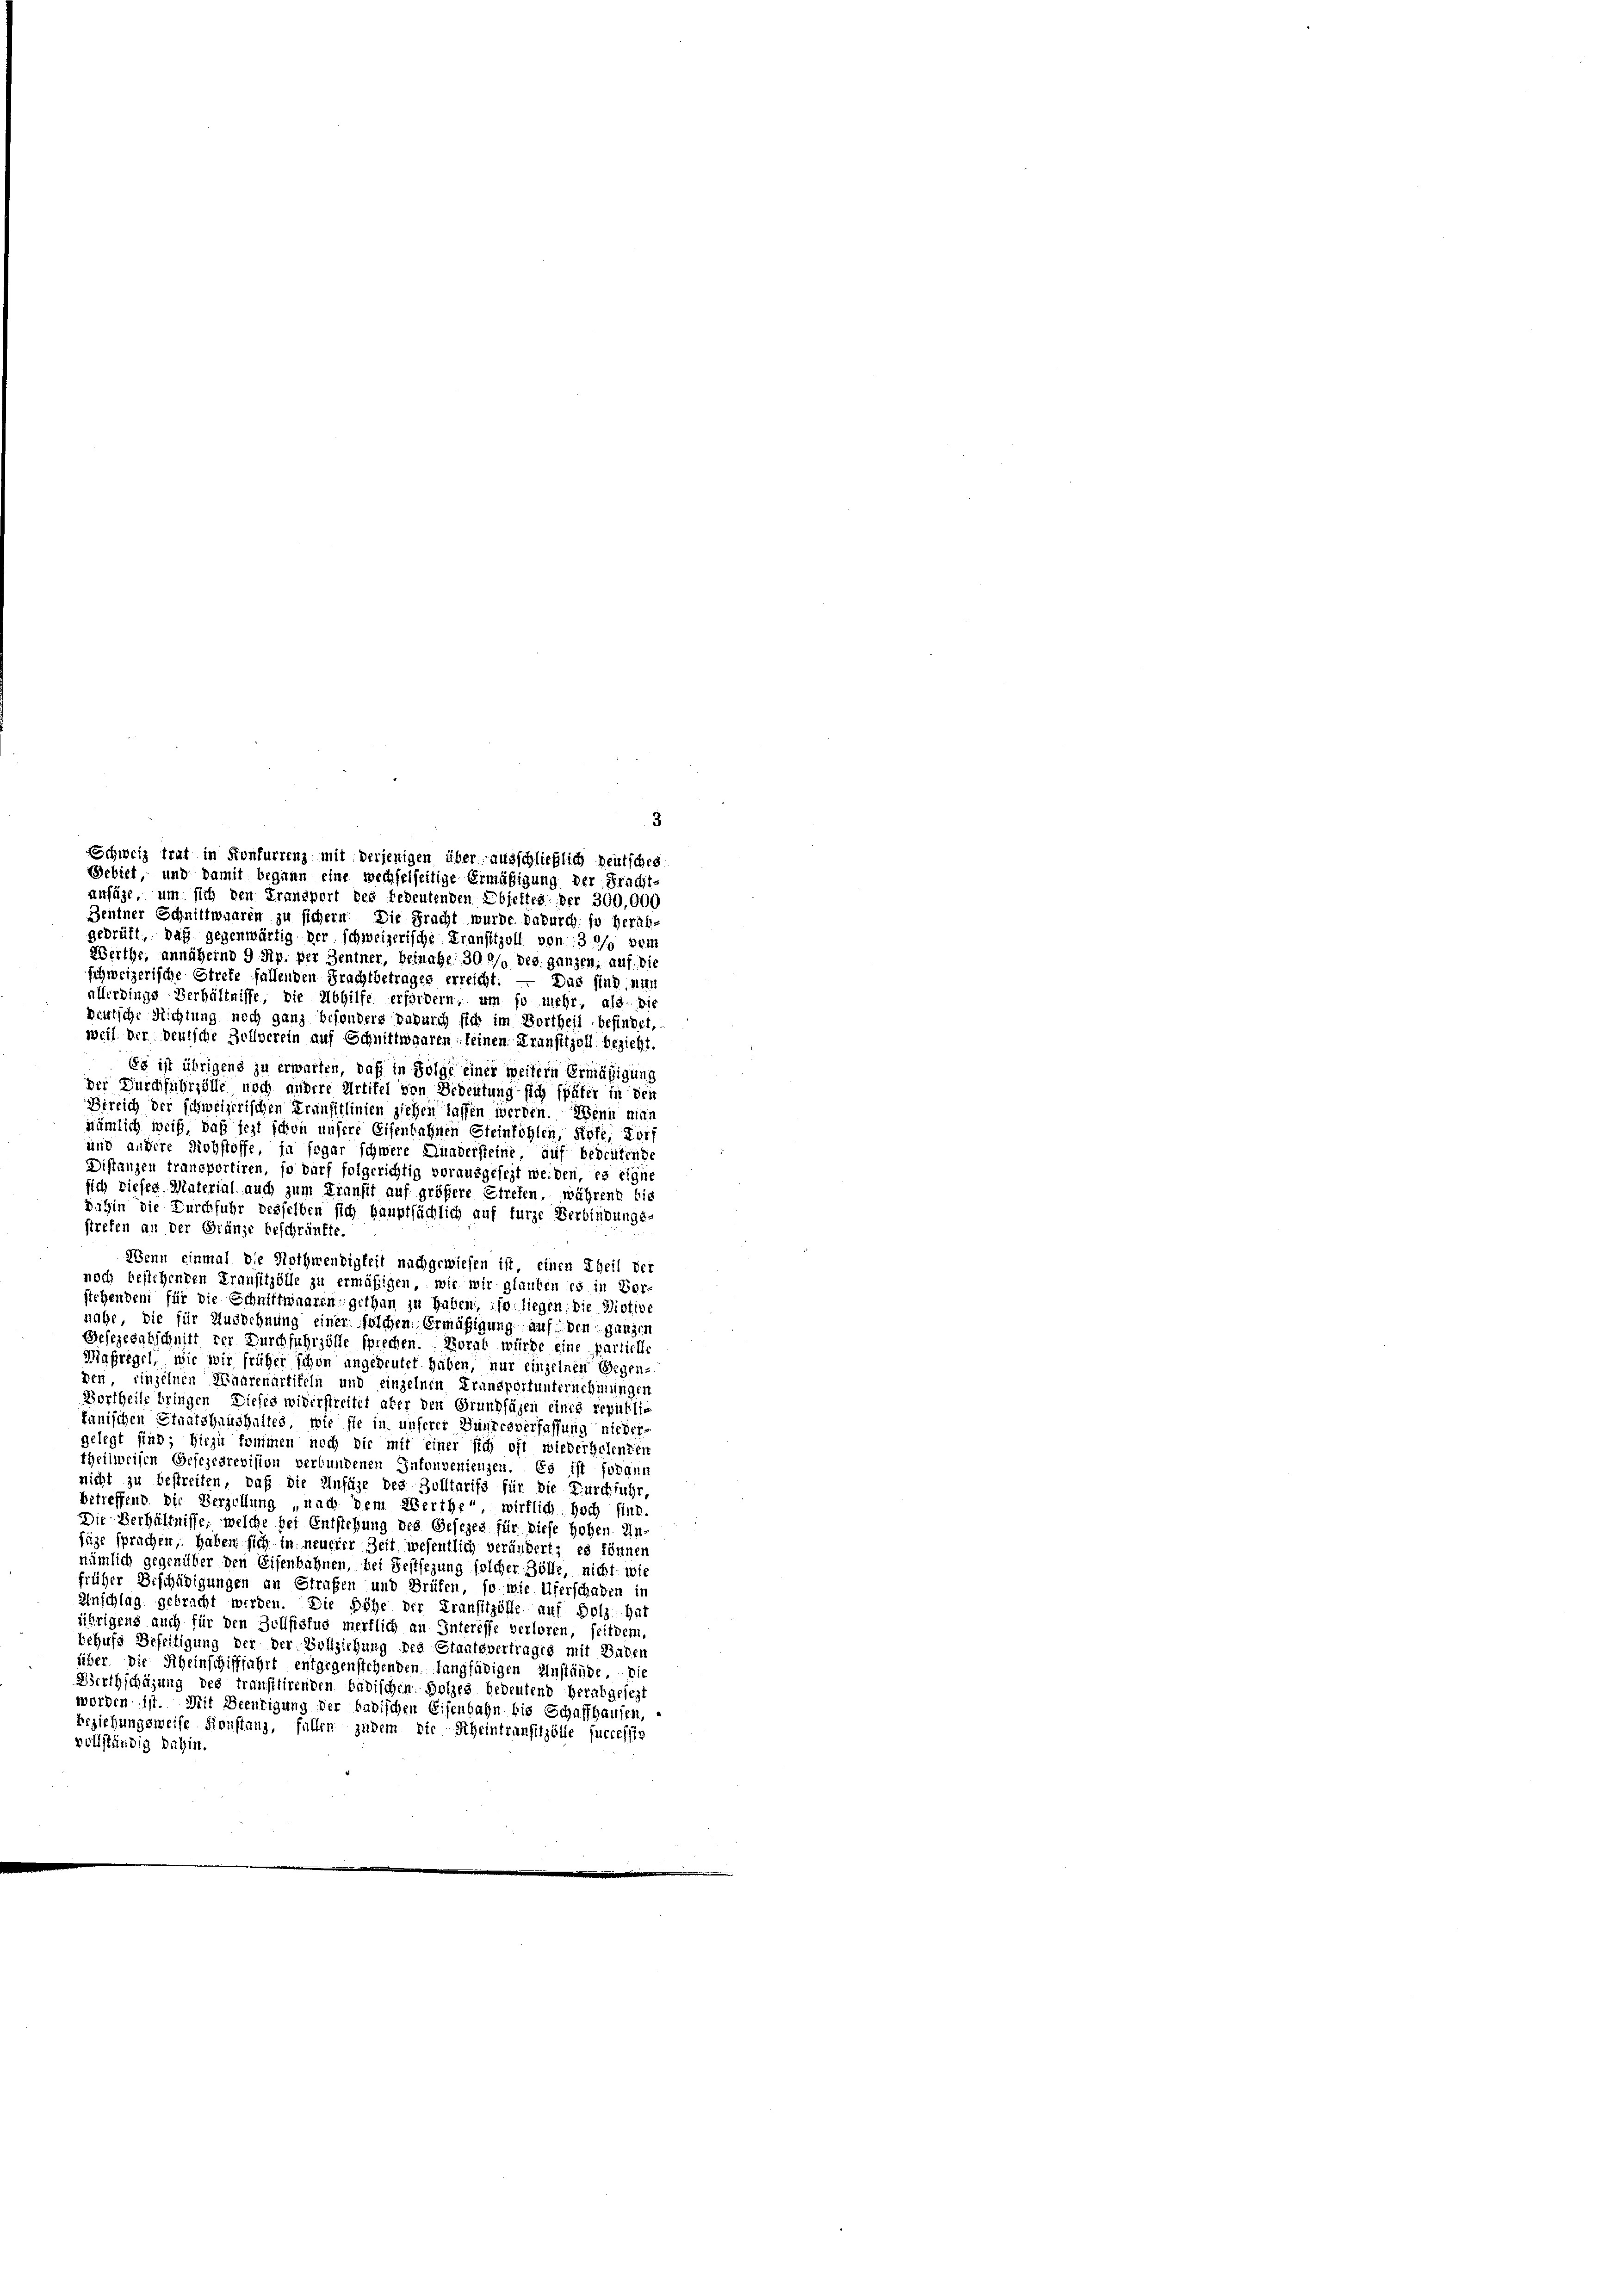
anfüge, um sich den Fransport des bedeutenden Ebieftes der 300,000
Bentner Schnittwaaren zu sichern. Die Pracht wurde dadurch so herab-
geprüft, daß gegenwärtig der schweizerische Transtizoll von 30% dem
Werthe, annähernd 9 Rp. per Zentner, beinahe, 30 / des ganzen, auf die
schweizerische Strete fallenden Frachtbetrages erreicht. — Das sind, nur
allerdings Verhältnisse, die Abhilfe erfordern, um so mehr, als die
Deutsche Richtung noch ganz besonders dadurch sich im Vortheil befindet,
weil der deutsche Zollverein auf Schnittwaaren seinen Kraustizoll bezieht.
Es ist übrigens zu erwarten, daß in Folge einer weitern Ermäßigung
der Durchfuhrzölle noch andere Artikel von Bedeutung sich später in den
Dirlich der schweizerischen Transitlinien ziehen lassen werden. Wenn minn
nämlich weiß, daß jezt schon unsere Eisenbahnen Steinföhlen, Rote, Dorf
und andere Rohstoffe, ja sogar schwere Hundersteine auf bedeutende
Distanzen fransportiren, so darf folgerichtig vorausgesezt werden, es eigne
sich dieses Material auch zum Transit auf größere Streten, während die
Dahin die Durchfuhr desselben sich hauptsächlich auf furze Verbindungs-
streten an der Gränze beschränkte.
Wenn einmal die Nothwendigkeit nachgewiesen ist, einen Theil der
noch bestehenden Fransitzölle zu ermäßigen, wie wir glauben es in Vor-
stehenden für die Schnittwaaren gethan zu haben, so liegen die Dictive
nahe, die für Ausdehnung einer solchem Ermäßigung auf den ganzen
Besezesabschnitt der Durchfuhrzölle sprechen. Moral würde eine partielle
Maßregel, wie wir früher schon angeheutet haben, nur einzelnen Gegen-
den, einzelnen Waarenartiteln und einzelnen Fransportunternehmungen
Vortheile bringen Dieses widerstreitet aber den Grundfügen eines republic
tanischen Staatshaushaltes, wie sie in unserer Bundesverfassung nicher-
gelegt sind; hiezu kommen noch die mit einer sich oft wiederholenten
theilweisen Ersezesrevision verbundenen Infonvenienzen. Es ist sodann
nicht zu bestreiten, daß die Anfüge des Zolltarifs für die Durchfuhr,
betreffend. Die Verzöllung „nach dem Werthe“ wirklich hoch sind.
Die Verhältnisse, welche bei Entstehung des Gesezes für diese Hohen Un-
füge sprachen, haben sich in neuerer Zeit wesentlich verändert; es können
nämlich gegenüber den Eisenbahnen, bei Festsezung solcher Zölle, nicht wie
früher Beschädigungen an Strafen und Brüfen, so wie Uferschaden in
Anschlag gebracht werden. Die Höhe der Fransitzölle auf Holz hat
ührigens auch für den Zollfiefus merklich an Interesse verloren, seitdem,
behufs Beseitigung der der Vollziehung des Staatsvertrages mit Baden
über die Rheinschifffahrt entgegenstehenden langfädigen Anstände. Die
Werthschäzung des transitirenden badischen Holzes bedeutend herabgesezt
worden ist. Mit Beeutigung der badischen Eisenbahn bis Schaffhausen,
beziehungsweise Konstanz, fallen zudem die Rheintransitzölle successin
vollständig dahin.

Schweiz trat in Konfurrenz mit derjenigen über ausschließlich deutschei
ebiet, und damit begann eine wechselseitige Ermäßigung der Fracht-

3